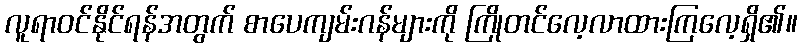
လူရာဝင်နိုင်ရန်အတွက် စာပေကျမ်းဂန်များကို ကြိုတင်လေ့လာထားကြလေ့ရှိ၏။